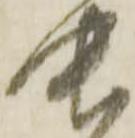
中